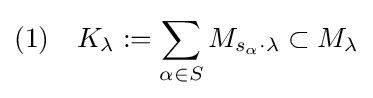
(1)\quad K_{\lambda }:=\sum _{\alpha \in S}M_{s_{\alpha }\cdot \lambda }\subset M_{\lambda }